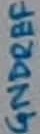
Text: GNDREF